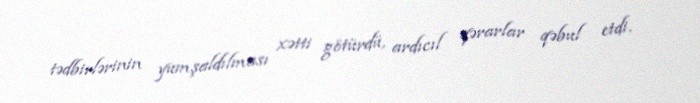
tədbirlərinin yumşaldılması xətti götürdü, ardıcıl qərarlar qəbul etdi.